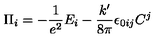
\Pi _ { i } = - \frac 1 { e ^ { 2 } } E _ { i } - \frac { k ^ { \prime } } { 8 \pi } \epsilon _ { 0 i j } C ^ { j }